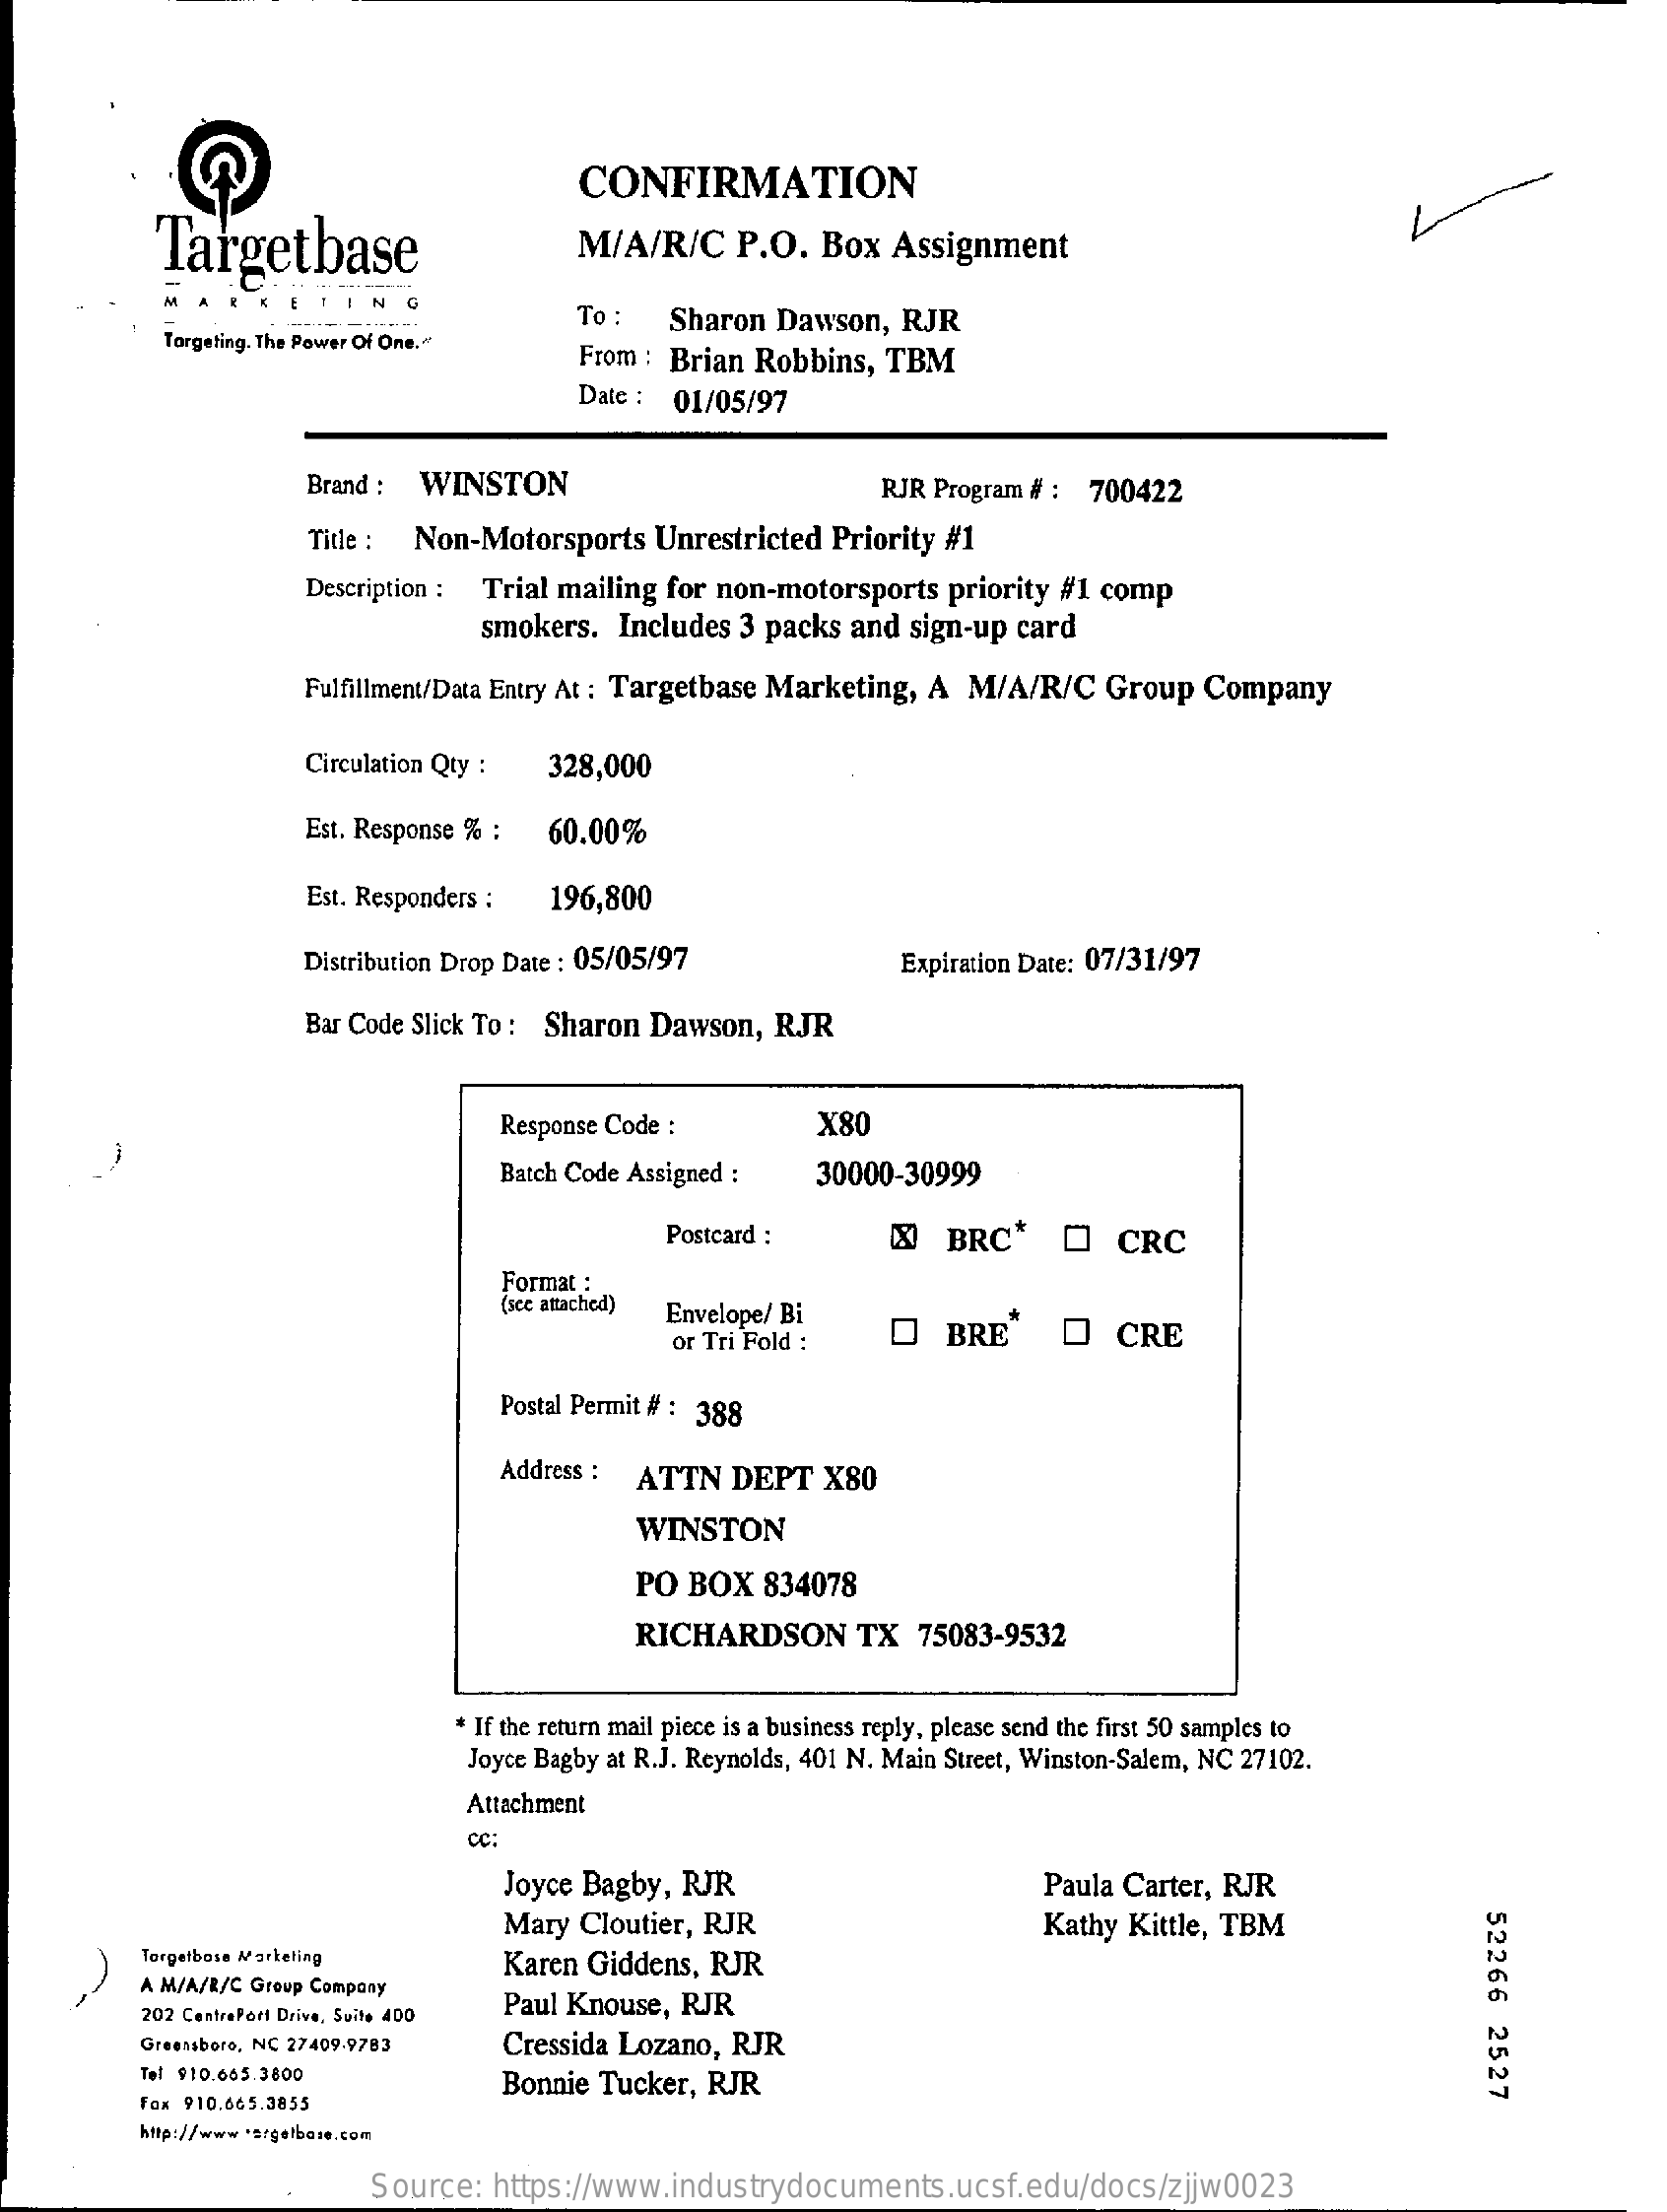
CONFIRMATION
     Targetbase    M/A/R/C    P.O.   Box   Assignment
     Targeting. The Power Of One."
     To :   Sharon  Dawson,   RJR
     From : Brian Robbins,   TBM
     Date :  01/05/97
     Brand :  WINSTON    RJR Program # :  700422
     Title : Non-Motorsports    Unrestricted   Priority #1
     Description : Trial mailing for non-motorsports    priority #1 comp
     smokers.  Includes   3 packs and  sign-up  card
     Fulfillment/Data Entry At : Targetbase Marketing, A M/A/R/C    Group   Company
     Circulation Qty :  328,000
     Est. Response % :  60.00%
     Est. Responders :  196,800
     Distribution Drop Date : 05/05/97    Expiration Date: 07/31/97
     Bar Code Slick To : Sharon Dawson,   RJR
     Response Code :    X80
     -
     Batch Code Assigned :    30000-30999
     Postcard :    &   BRC*    O   CRC
     Format :
     (see attached) Envelope/ Bi
     or Tri Fold :    O   BRE    O   CRE
     Postal Permit # : 388
     Address :  ATTN   DEPT    X80
     WINSTON
     PO  BOX   834078
     RICHARDSON    TX   75083-9532
     If the return mail piece is a business reply, please send the first 50 samples to
     Joyce Bagby at R.J. Reynolds, 401 N. Main Street, Winston-Salem, NC 27102.
     Attachment
     cc:
     Joyce Bagby,  RJR    Paula Carter, RJR
     Mary Cloutier, RJR    Kathy Kittle, TBM
     52266
     2527
     Torgetbose Marketing
     A M/A/R/C Group Company
     Karen Giddens,  RJR
     202 CentrePort Drive, Suite 400
     Paul Knouse, RJR
     Greensboro, NC 27409-9783    Cressida Lozano,  RJR
     Tel 910.605.3800    Bonnie  Tucker,  RJR
     Fox 910.665.3855
     http://www 's/gelbese.com
     Source:   https://www.industrydocuments.ucsf.edu/docs/zjjw0023